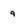
Character: 9